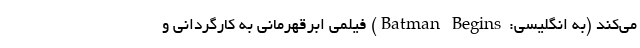
می‌کند (به انگلیسی: Batman Begins) فیلمی ابرقهرمانی به کارگردانی و